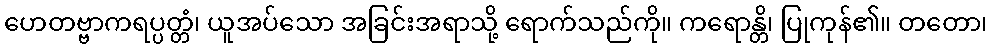
ဟေတဗ္ဗာကရပ္ပတ္တံ၊ ယူအပ်သော အခြင်းအရာသို့ ရောက်သည်ကို။ ကရောန္တိ၊ ပြုကုန်၏။ တတော၊